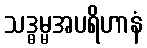
သဒ္ဓမ္မအပရိဟာနံ